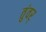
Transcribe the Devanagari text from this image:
तुंवर्